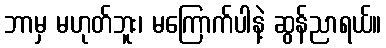
ဘာမှ မဟုတ်ဘူး၊ မကြောက်ပါနဲ့ ဆွန်ညာရယ်။